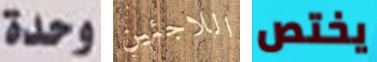
وحدة اللاجئين يختص